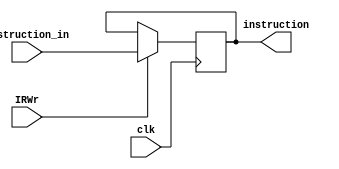
module IR(clk,instruction_in,IRWr,instruction);
    input clk,IRWr;
    input [31:0]instruction_in;
    output reg [31:0] instruction;

    always @(posedge clk)
        if(IRWr)
            instruction <= instruction_in;

endmodule